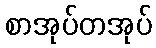
စာအုပ်တအုပ်